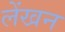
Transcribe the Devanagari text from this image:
लेंखन